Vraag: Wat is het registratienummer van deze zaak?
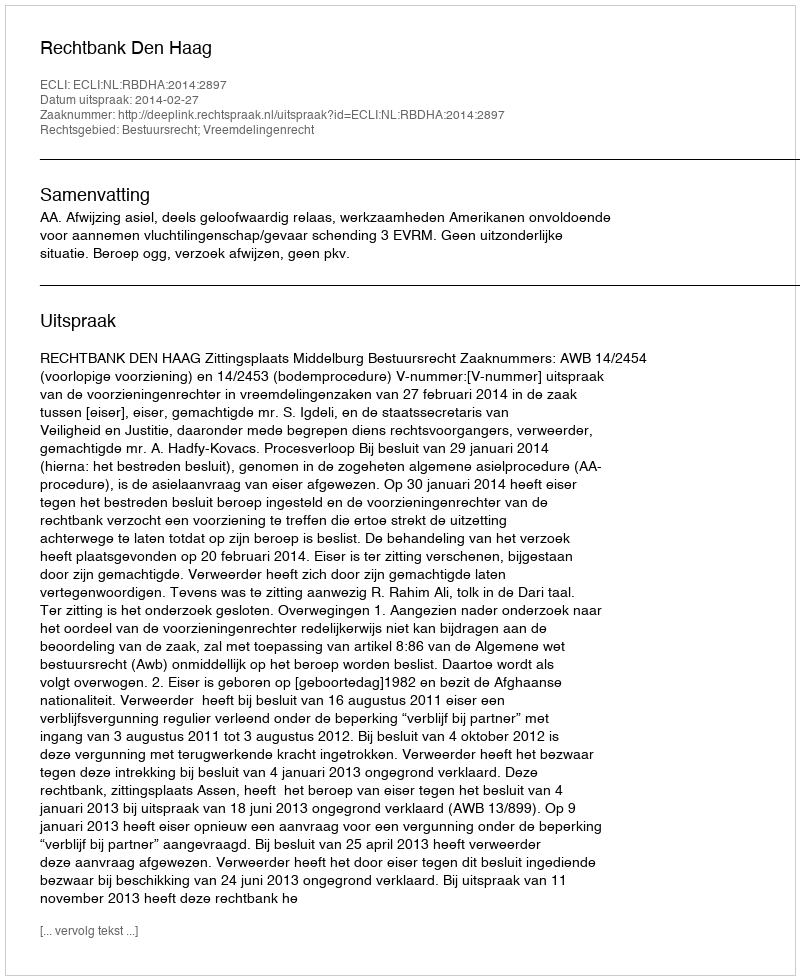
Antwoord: http://deeplink.rechtspraak.nl/uitspraak?id=ECLI:NL:RBDHA:2014:2897